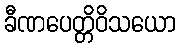
ခီဏပေတ္တိဝိသယော